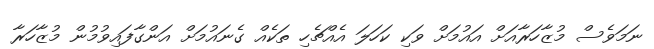
ނަމަވެސް މުޒާހަރާއަށް އައުމަށް ވަކި ކަހަލަ އެއްޗެހި ތަކެއް ގެނައުމަށް އަންގާފައިވުމުން މުޒާހަރާ